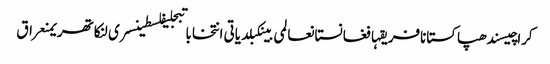
کراچیسندھپاکستانافریقہافغانستانعالمی بینکبلدیاتی انتخاباتبجلیفلسطینسری لنکاتھریمنعراق